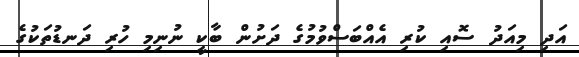
އަދި މިއަދު ސޮއި ކުރި އެއްބަސްވުމުގެ ދަށުން ބާކީ ނުނިމި ހުރި ދަނޑުތަކުގެ